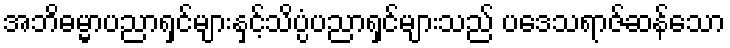
အဘိဓမ္မာပညာရှင်များနှင့်သိပ္ပံပညာရှင်များသည် ပဒေသရာဇ်ဆန်သော